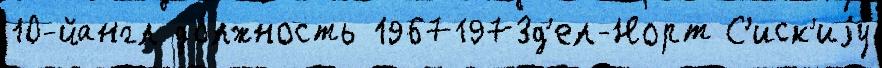
10-йангл до́лжность 19671973д'ел-Норт С'иск'иjу